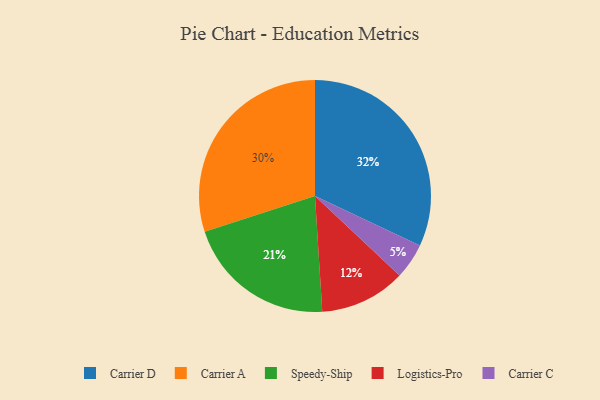
{"axis": {"x": "Category", "y": "Percentage"}, "legend": ["Carrier A", "Carrier C", "Carrier D", "Logistics-Pro", "Speedy-Ship"], "data": [{"x": "Logistics-Pro", "y": 12, "type": "Logistics-Pro"}, {"x": "Carrier A", "y": 30, "type": "Carrier A"}, {"x": "Carrier D", "y": 32, "type": "Carrier D"}, {"x": "Speedy-Ship", "y": 21, "type": "Speedy-Ship"}, {"x": "Carrier C", "y": 5, "type": "Carrier C"}]}